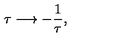
\tau \longrightarrow - \frac { 1 } { \tau } ,